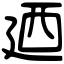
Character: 廼